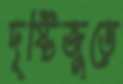
দৃষ্টিজুড়ে